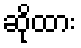
ဆိုထား